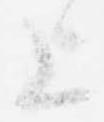
上